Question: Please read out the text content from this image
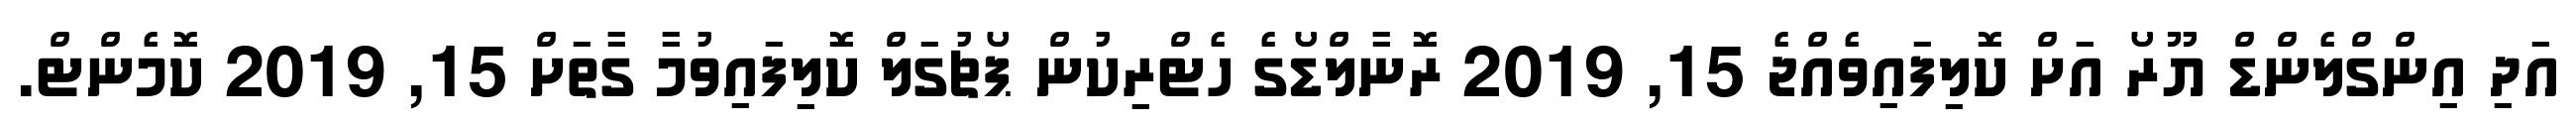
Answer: އަދި އިންގްލެންޑް ޔޫރޯ އަށް ކޮލިފައިވެއްޖެ 15, 2019 ރޮނާލްޑޯގެ ހެޓްރިކުން ޕޯޗުގަލް ކޮލިފައިވުމާ ގާތަށް 15, 2019 ކޮމެންޓް.